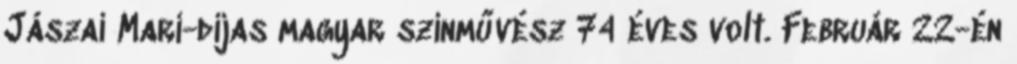
Jászai Mari-díjas magyar színművész 74 éves volt. Február 22-én